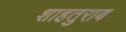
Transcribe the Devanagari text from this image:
शाहतुराब